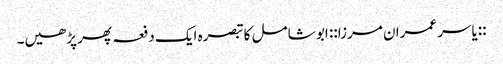
::یاسر عمران مرزا:: ابو شامل کا تبصرہ ایک دفعہ پھر پڑھیں۔